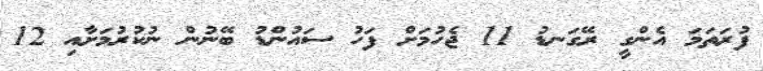
ފުރަތަމަ އެންގީ ރޭގަނޑު 11 ޖެހުމަށް ފަހު ސައުންޑު ބޭނުން ނުކުރުމަށާއި 12